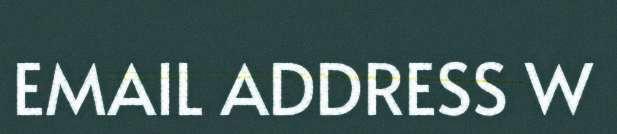
EMAIL ADDRESS W